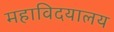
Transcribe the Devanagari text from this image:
महाविदयालय